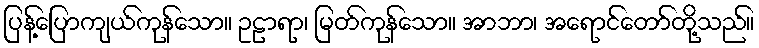
ပြန့်ပြောကျယ်ကုန်သော။ ဥဠာရာ၊ မြတ်ကုန်သော။ အာဘာ၊ အရောင်တော်တို့သည်။